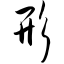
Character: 形